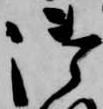
御